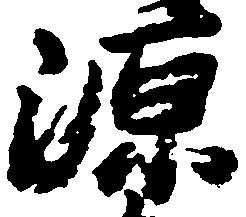
源